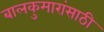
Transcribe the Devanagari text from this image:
बालकुमारांसाठी